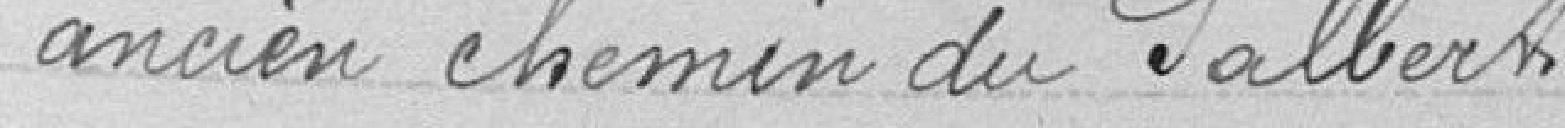
ancien chemin du Salbert